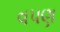
વપણ